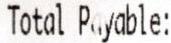
TOTAL PAYABLE: